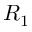
R _ { 1 }